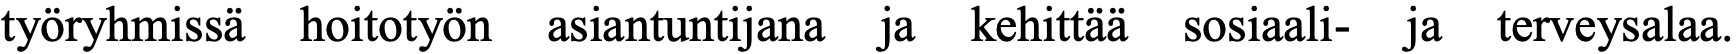
työryhmissä hoitotyön asiantuntijana ja kehittää sosiaali- ja terveysalaa.